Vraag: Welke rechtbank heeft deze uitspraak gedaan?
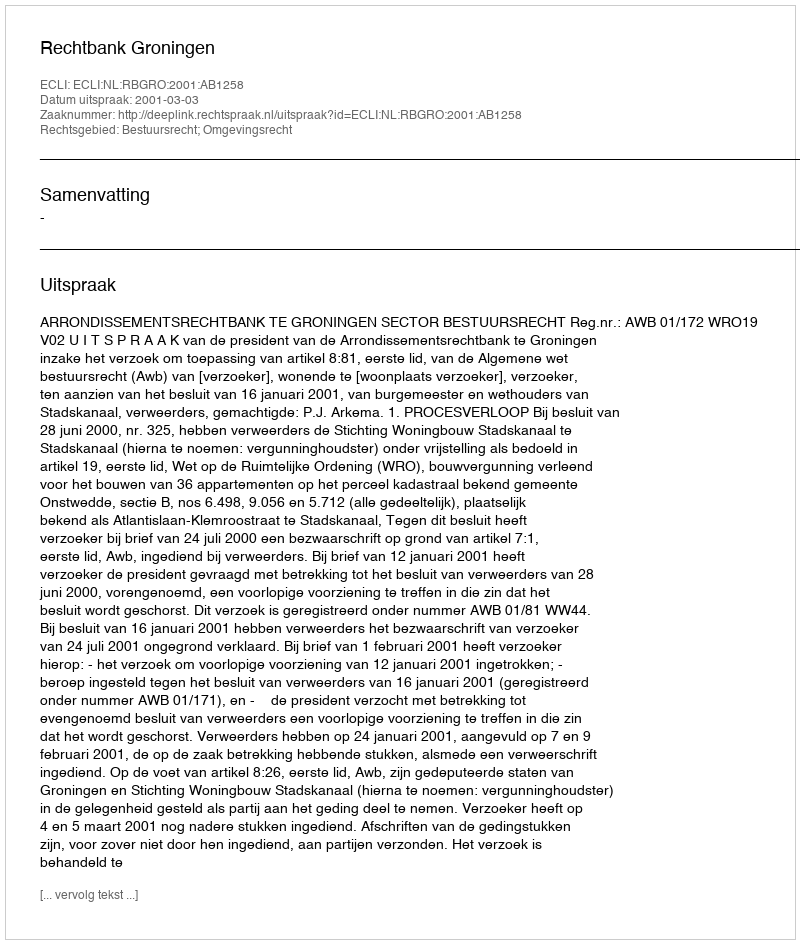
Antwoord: Rechtbank Groningen